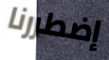
إضطررنا